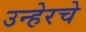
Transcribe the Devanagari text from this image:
उन्हेरचे